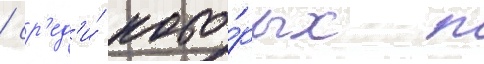
/ ср'ед'и́ кото́рых п